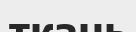
ткань